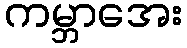
ကမ္ဘာအေး